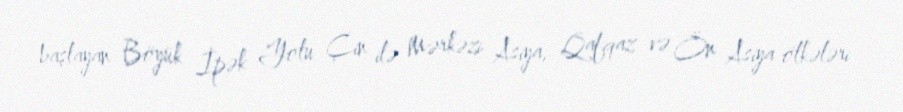
başlayan Böyük İpək Yolu Çin ilə Mərkəzi Asiya, Qafqaz və Ön Asiya ölkələri